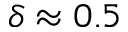
\delta \approx 0 . 5